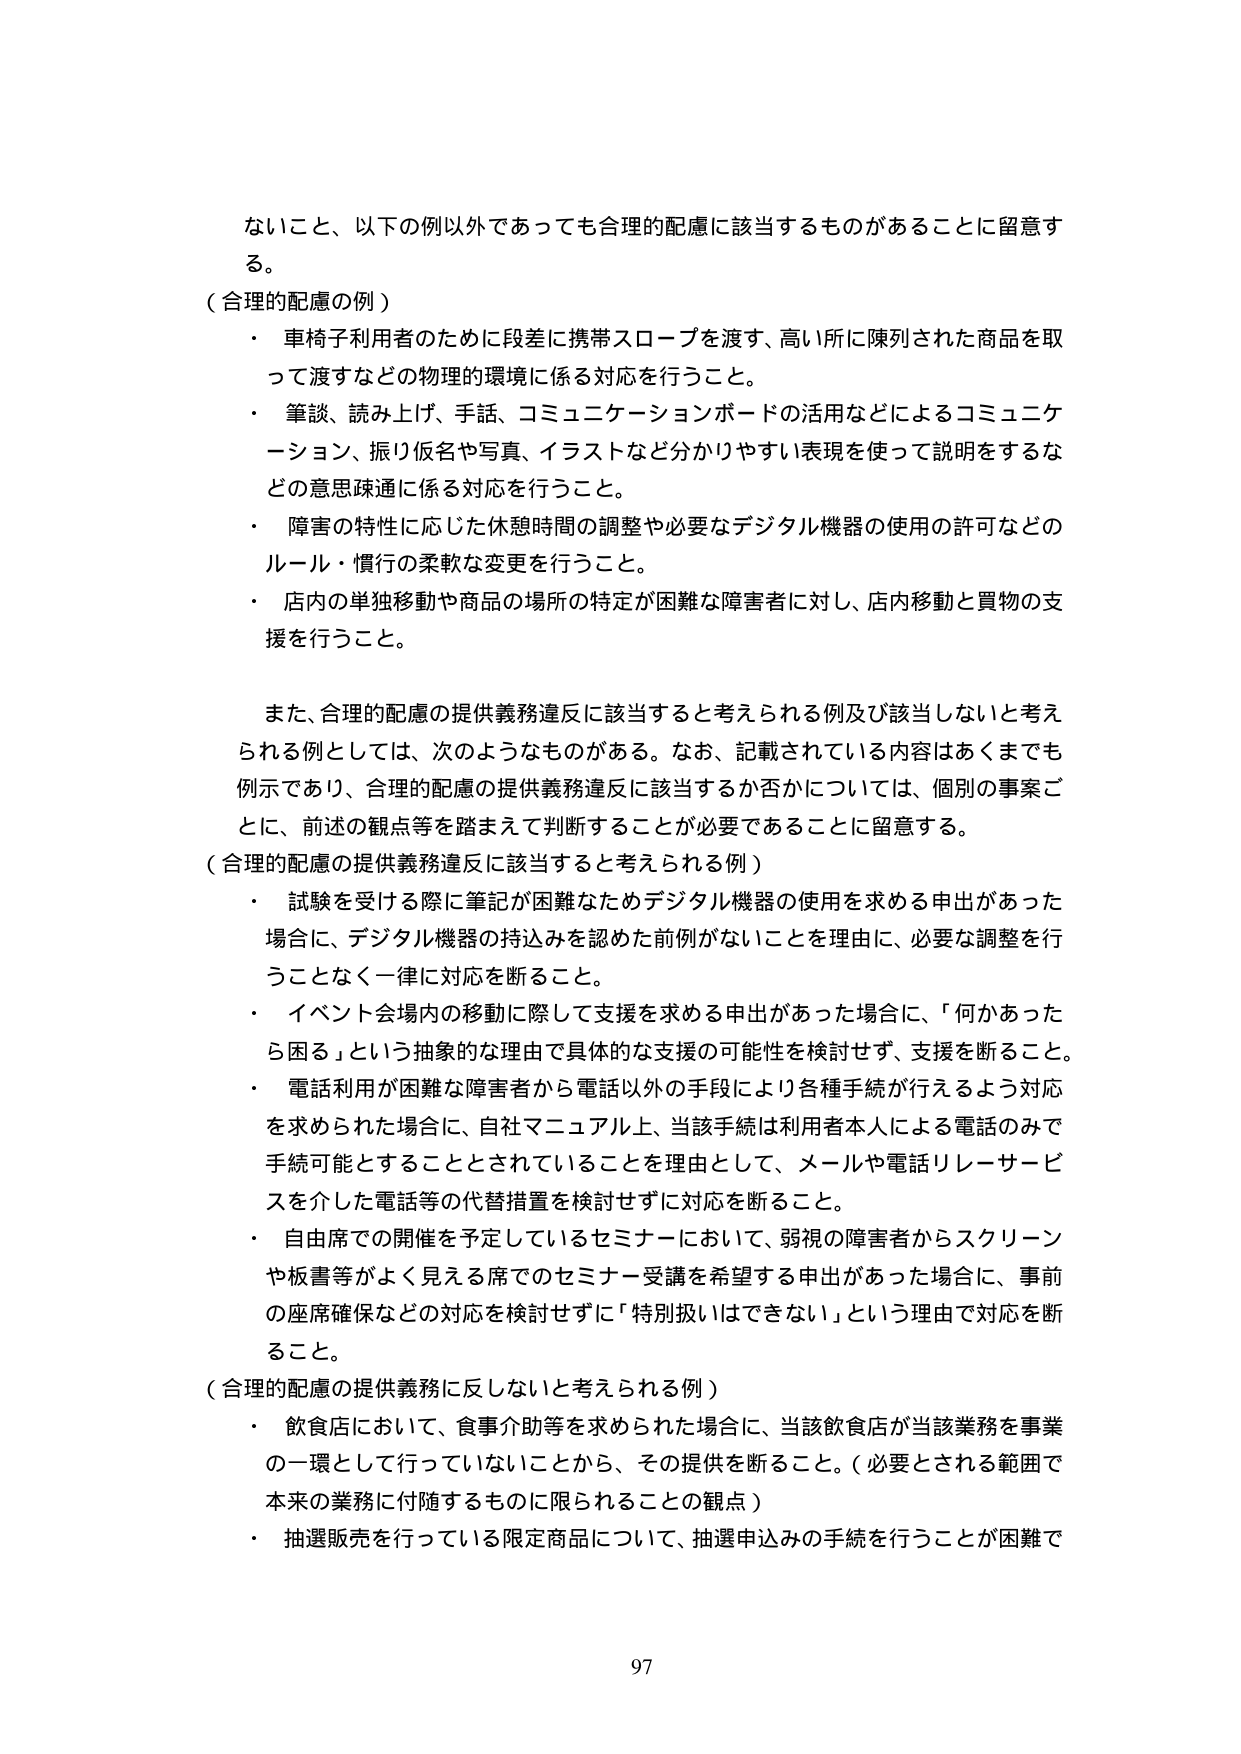
ないこと、以下の例以外であっても合理的配慮に該当するものがあることに留意する。

（合理的配慮の例）
・ 車椅子利用者のために段差に携帯スロープを渡す、高い所に陳列された商品を取って渡すなどの物理的環境に係る対応を行うこと。
・ 筆談、読み上げ、手話、コミュニケーションボードの活用などによるコミュニケーション、振り仮名や写真、イラストなど分かりやすい表現を使って説明をするなどの意思疎通に係る対応を行うこと。
・ 障害の特性に応じた休憩時間の調整や必要なデジタル機器の使用の許可などのルール・慣行の柔軟な変更を行うこと。
・ 店内の単独移動や商品の場所の特定が困難な障害者に対し、店内移動と買物の支援を行うこと。

また、合理的配慮の提供義務違反に該当すると考えられる例及び該当しないと考えられる例としては、次のようなものがある。なお、記載されている内容はあくまでも例示であり、合理的配慮の提供義務違反に該当するか否かについては、個別の事案ごとに、前述の観点等を踏まえて判断することが必要であることに留意する。

（合理的配慮の提供義務違反に該当すると考えられる例）
・ 試験を受ける際に筆記が困難なためデジタル機器の使用を求める申出があった場合に、デジタル機器の持込みを認めた前例がないことを理由に、必要な調整を行うことなく一律に対応を断ること。
・ イベント会場内の移動に際して支援を求める申出があった場合に、「何かあったら困る」という抽象的な理由で具体的な支援の可能性を検討せず、支援を断ること。
・ 電話利用が困難な障害者から電話以外の手段により各種手続が行えるよう対応を求められた場合に、自社マニュアル上、当該手続は利用者本人による電話のみで手続可能とすることとされていることを理由として、メールや電話リレーサービスを介した電話等の代替措置を検討せずに対応を断ること。
・ 自由席での開催を予定しているセミナーにおいて、弱視の障害者からスクリーンや板書等がよく見える席でのセミナー受講を希望する申出があった場合に、事前の座席確保などの対応を検討せずに「特別扱いはできない」という理由で対応を断ること。

（合理的配慮の提供義務に反しないと考えられる例）
・ 飲食店において、食事介助等を求められた場合に、当該飲食店が当該業務を事業の一環として行っていないことから、その提供を断ること。（必要とされる範囲で本来の業務に付随するものに限られることの観点）
・ 抽選販売を行っている限定商品について、抽選申込みの手続を行うことが困難で

97